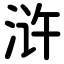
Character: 浒